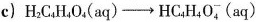
c) $$H _ { 2 } C _ { 4 } H _ { 4 } O _ { 4 } ( a q ) \rightarrow H C _ { 4 } H _ { 4 } 0 _ { 4 } ^ { - } ( a q )